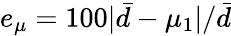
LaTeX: e_{\mu}=100|\bar{d}-\mu_{1}|/\bar{d}